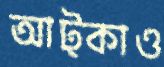
আট্‌কাও